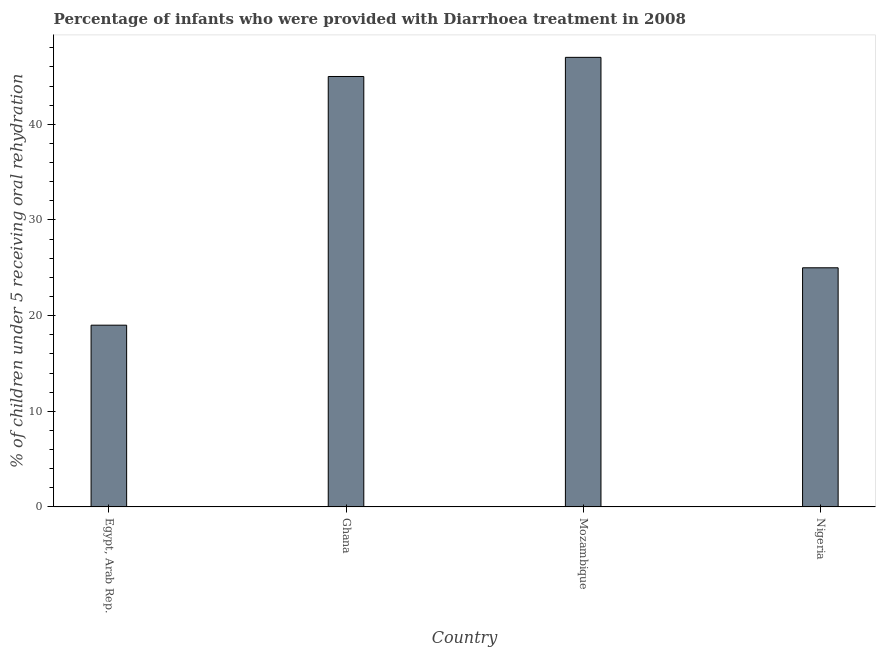
| Country | Diarrhea treatment |
 | --- | --- |
 | Egypt, Arab Rep. | 19 |
 | Ghana | 45 |
 | Mozambique | 47 |
 | Nigeria | 25 |